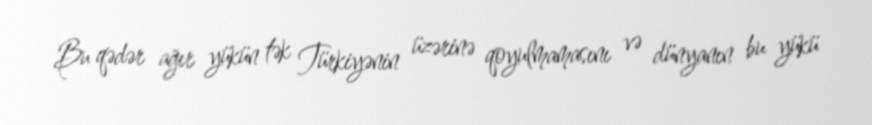
Bu qədər ağır yükün tək Türkiyənin üzərinə qoyulmamasını və dünyanın bu yükü